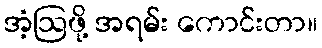
အံ့ဩဖို့ အရမ်း ကောင်းတာ။